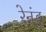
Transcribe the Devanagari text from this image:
रेनंडु